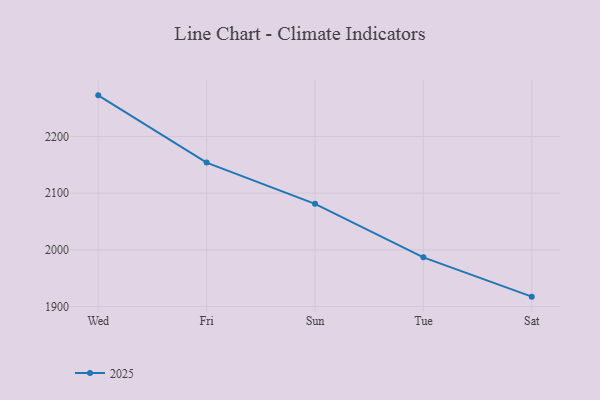
{"axis": {"x": "Day", "y": "LTV (USD)"}, "legend": ["2025"], "data": [{"x": "Wed", "y": 2272.5, "type": "2025"}, {"x": "Fri", "y": 2153.9, "type": "2025"}, {"x": "Sun", "y": 2081.2, "type": "2025"}, {"x": "Tue", "y": 1986.8, "type": "2025"}, {"x": "Sat", "y": 1917.5, "type": "2025"}]}